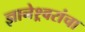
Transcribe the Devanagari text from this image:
ज्ञानेश्र्वरांचा